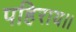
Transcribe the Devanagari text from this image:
पहिराय।।